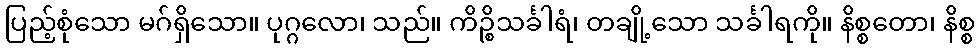
ပြည့်စုံသော မဂ်ရှိသော။ ပုဂ္ဂလော၊ သည်။ ကိဉ္စိသင်္ခါရံ၊ တချို့သော သင်္ခါရကို။ နိစ္စတော၊ နိစ္စ